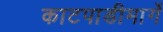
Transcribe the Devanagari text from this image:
काटपाडीमार्गे